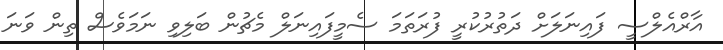
އާރްއެލްސީ ފައިނަލަށް ދަތުރުކުރީ ފުރަތަމަ ސެމީފައިނަލް މެޗުން ބަލިވި ނަމަވެސް ތިން ވަނަ